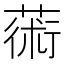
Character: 𦸇